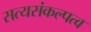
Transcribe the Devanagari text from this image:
सत्यसंकल्पत्व